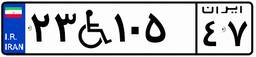
۹۴W۴۶۱۲۲